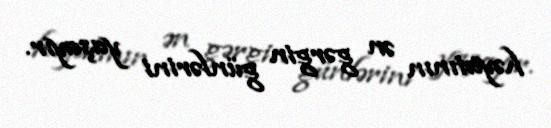
həyatının ən gərgin günlərini yaşayır.